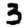
Digit: 3